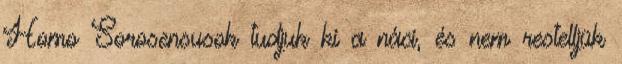
Homo Sorosensusok tudjuk ki a náci, és nem restelljük